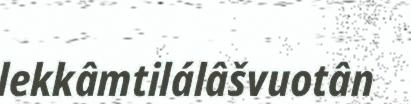
lekkâmtilálâšvuotân